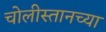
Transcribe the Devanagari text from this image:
चोलीस्तानच्या